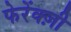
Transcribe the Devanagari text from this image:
फेरेंक्ज़ी